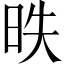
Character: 昳